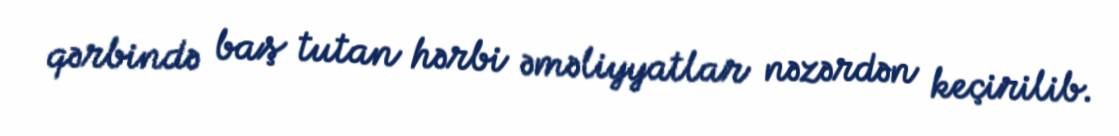
qərbində baş tutan hərbi əməliyyatlar nəzərdən keçirilib.